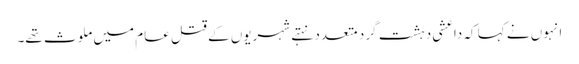
انہوں نے کہا کہ داعشی دہشت گرد متعدد نہتے شہریوں کے قتل عام میں ملوث تھے۔